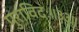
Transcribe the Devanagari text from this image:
पुराविदः॥३३॥